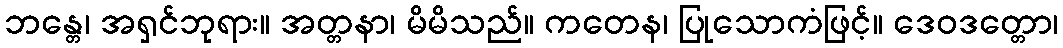
ဘန္တေ၊ အရှင်ဘုရား။ အတ္တနာ၊ မိမိသည်။ ကတေန၊ ပြုသောကံဖြင့်။ ဒေဝဒတ္တော၊